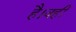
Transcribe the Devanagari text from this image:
है।वहीं